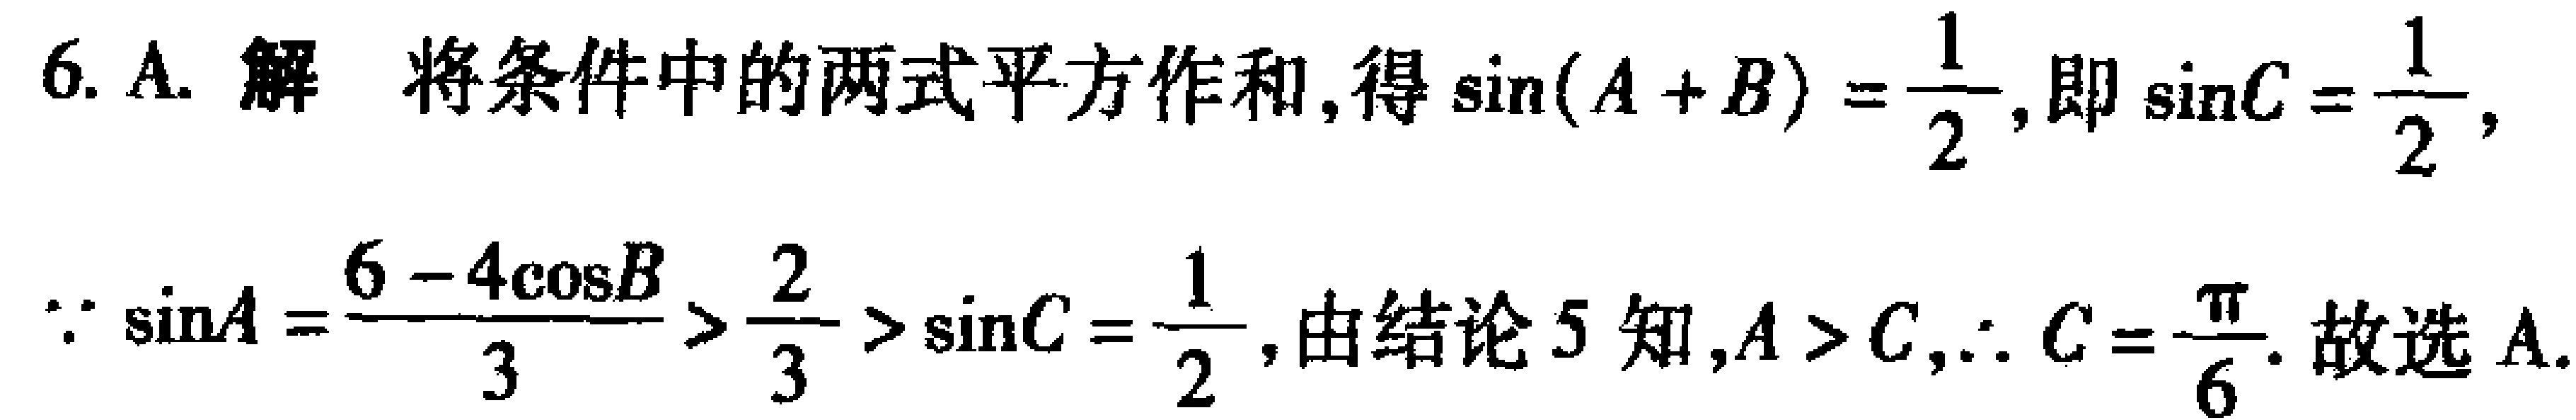
6. A. 解 将条件中的两式平方作和, 得\(\sin(A + B)=\frac{1}{2}\), 即\(\sin C=\frac{1}{2}\),
\(\because\sin A=\frac{6 - 4\cos B}{3}>\frac{2}{3}>\sin C=\frac{1}{2}\), 由结论 5 知, \(A > C\), \(\therefore C=\frac{\pi}{6}\). 故选 A.